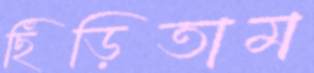
ছিঁড়িতাম